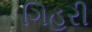
ગિહરી